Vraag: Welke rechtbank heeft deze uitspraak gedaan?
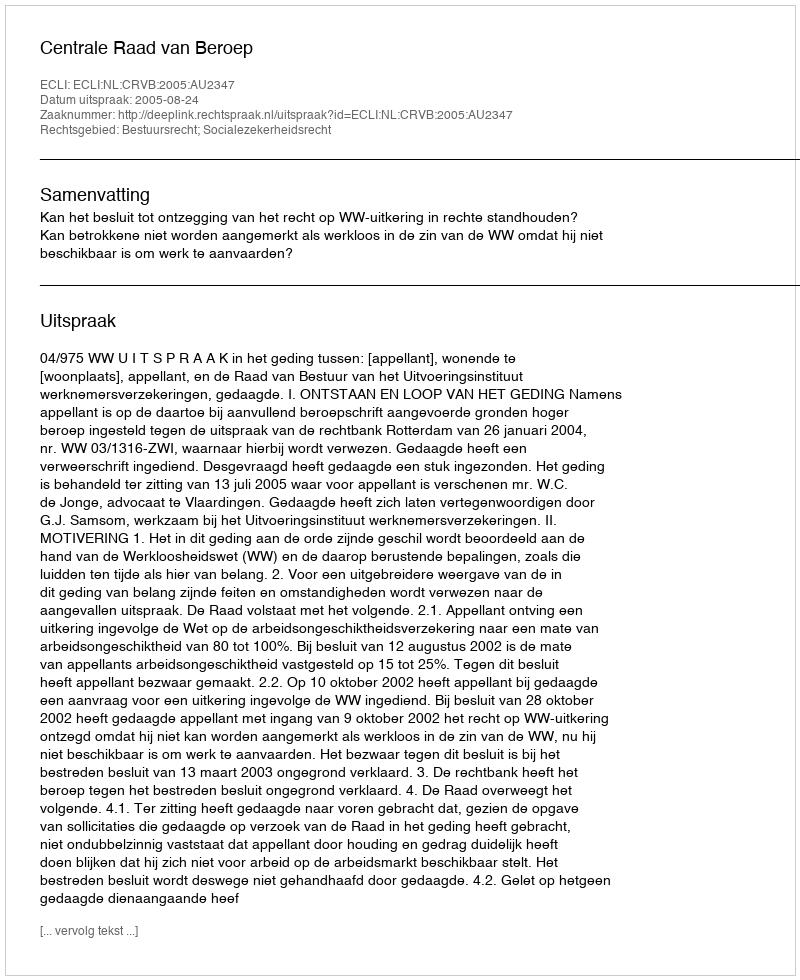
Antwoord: Centrale Raad van Beroep